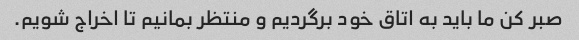
صبر کن ما باید به اتاق خود برگردیم و منتظر بمانیم تا اخراج شویم.